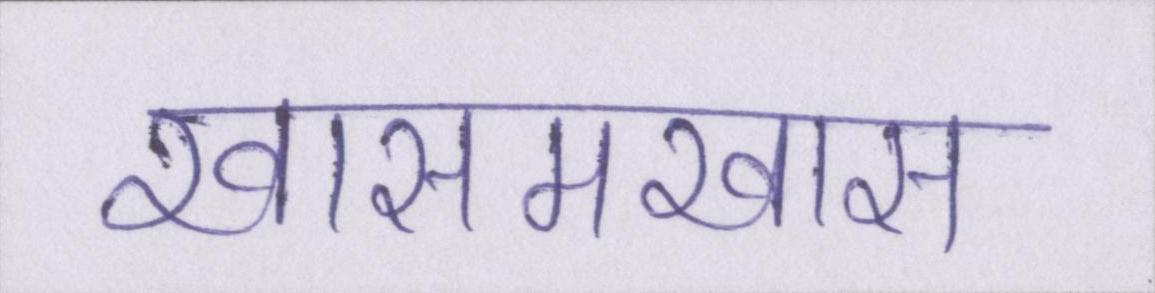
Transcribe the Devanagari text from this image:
खासमखास